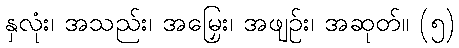
နှလုံး၊ အသည်း၊ အမြှေး၊ အဖျဉ်း၊ အဆုတ်။ (၅)